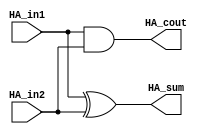
`timescale 1ns/1ps

module half_adder(HA_in1, HA_in2, HA_sum, HA_cout);

    input HA_in1, HA_in2;
    output HA_sum, HA_cout;

    xor (HA_sum, HA_in1, HA_in2);
    and (HA_cout, HA_in1, HA_in2);

endmodule